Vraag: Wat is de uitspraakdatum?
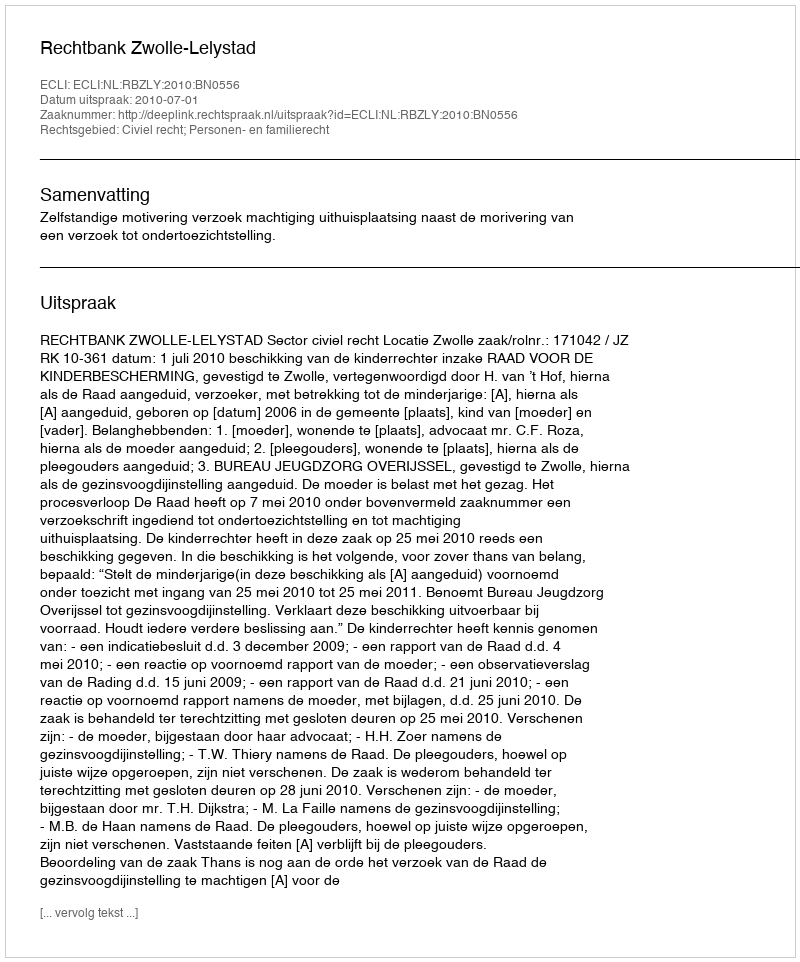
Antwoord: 2010-07-01